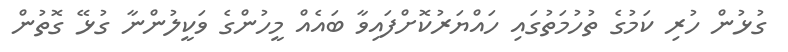
ގުޅުން ހުރި ކަމުގެ ތުހުމަތުގައި ހައްޔަރުކޮށްފައިވާ ބައެއް މީހުންގެ ވަކީލުންނާ ގުޅޭ ގޮތުން